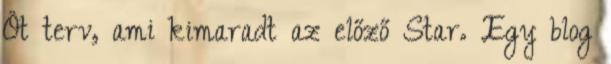
Öt terv, ami kimaradt az előző Star. Egy blog